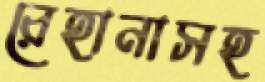
রেহানাসহ